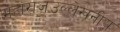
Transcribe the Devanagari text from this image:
महाराजउल्लेखनीय